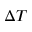
\Delta T